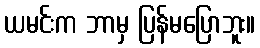
ယမင်းက ဘာမှ ပြန်မပြောဘူး။